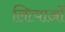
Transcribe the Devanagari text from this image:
लित्याओं